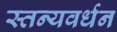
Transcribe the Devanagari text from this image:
स्तन्यवर्धन